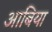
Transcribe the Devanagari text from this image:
आबिया